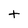
Character: t